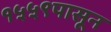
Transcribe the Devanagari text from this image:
१५५९पासून